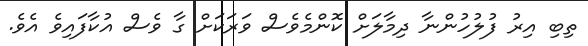
ތިބި އިރު ފުލުހުންނާ ދިމާލަށް ކޮންމެވެސް ވަރަކަށް ގާ ވެސް އުކާފައިވެ އެވެ.